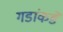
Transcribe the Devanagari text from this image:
गडांकडे